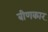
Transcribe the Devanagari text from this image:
बीणकार